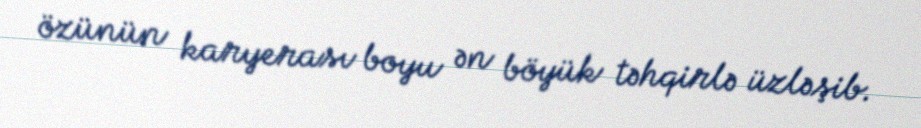
özünün karyerası boyu ən böyük təhqirlə üzləşib.